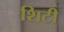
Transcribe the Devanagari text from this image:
शिटी